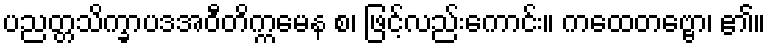
ပညတ္တသိက္ခာပဒအဝီတိက္ကမေန စ၊ ဖြင့်လည်းကောင်း။ ကထေတဗ္ဗော၊ ၏။